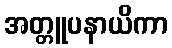
အတ္တူပနာယိကာ